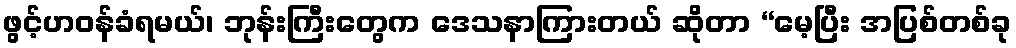
ဖွင့်ဟဝန်ခံရမယ်၊ ဘုန်းကြီးတွေက ဒေသနာကြားတယ် ဆိုတာ “မေ့ပြီး အပြစ်တစ်ခု